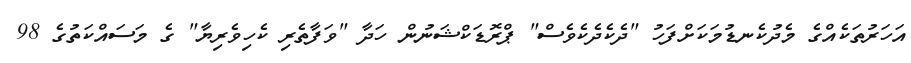
އަހަރުތަކެއްގެ މެދުކެނޑުމަކަށްފަހު "ދެކެދެކެވެސް" ޕްރޮޑަކްޝަނުން ހަދާ "ވަފާތެރި ކެހިވެރިޔާ" ގެ މަސައްކަތުގެ 98